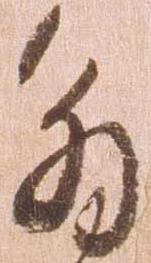
解